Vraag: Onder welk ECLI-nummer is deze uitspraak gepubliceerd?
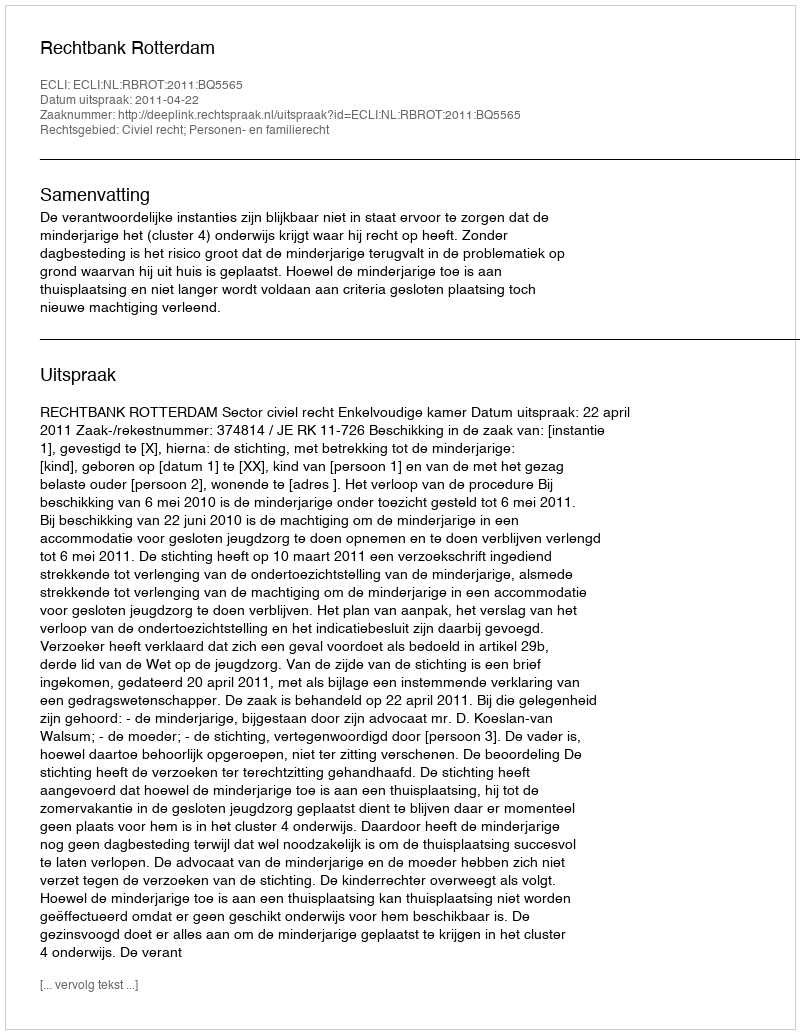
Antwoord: ECLI:NL:RBROT:2011:BQ5565